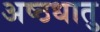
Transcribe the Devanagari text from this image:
अष्ठधातु